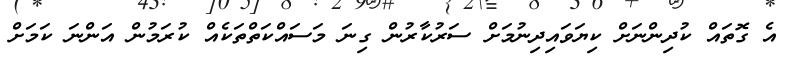
އެ ގޮތައް ކުދިންނަށް ކިޔަވައިދިނުމަށް ސަރުކާރުން ގިނަ މަސައްކަތްތަކެއް ކުރަމުން އަންނަ ކަމަށް